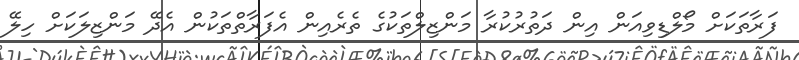
ފަރާތަކަށް މޯލްޑިވިއަން އިން ދަތުރުކުރާ މަންޒިލްތަކުގެ ތެރެއިން އެފަރާތްތަކުން އެދޭ މަންޒިލަކަށް ހިލޭ